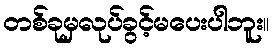
တစ်ခုမှလုပ်ခွင့်မပေးပါဘူး။